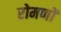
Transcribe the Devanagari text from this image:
रोमणों